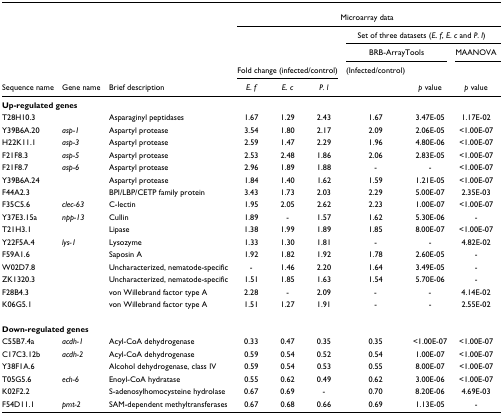
<table><thead><tr><td></td><td></td><td></td><td colspan="6"><b>Microarray data</b></td></tr><tr><td></td><td></td><td></td><td></td><td></td><td></td><td colspan="3"><b>Set of three datasets (<i>E. f</i>, <i>E. c </i>and <i>P. l</i>)</b></td></tr><tr><td></td><td></td><td></td><td></td><td></td><td></td><td colspan="2"><b>BRB-ArrayTools</b></td><td><b>MAANOVA</b></td></tr><tr><td></td><td></td><td></td><td colspan="3"><b>Fold change (infected/control)</b></td><td><b>(Infected/control)</b></td><td></td><td></td></tr><tr><td><b>Sequence name</b></td><td><b>Gene name</b></td><td><b>Brief description</b></td><td><b><i>E. f</i></b></td><td><b><i>E. c</i></b></td><td><b><i>P. l</i></b></td><td></td><td><b><i>p </i>value</b></td><td><b><i>p </i>value</b></td></tr></thead><tbody><tr><td colspan="9"><b>Up-regulated genes</b></td></tr><tr><td>T28H10.3</td><td></td><td>Asparaginyl peptidases</td><td>1.67</td><td>1.29</td><td>2.43</td><td>1.67</td><td>3.47E-05</td><td>1.17E-02</td></tr><tr><td>Y39B6A.20</td><td><i>asp-1</i></td><td>Aspartyl protease</td><td>3.54</td><td>1.80</td><td>2.17</td><td>2.09</td><td>2.06E-05</td><td>&lt;1.00E-07</td></tr><tr><td>H22K11.1</td><td><i>asp-3</i></td><td>Aspartyl protease</td><td>2.59</td><td>1.47</td><td>2.29</td><td>1.96</td><td>4.80E-06</td><td>&lt;1.00E-07</td></tr><tr><td>F21F8.3</td><td><i>asp-5</i></td><td>Aspartyl protease</td><td>2.53</td><td>2.48</td><td>1.86</td><td>2.06</td><td>2.83E-05</td><td>&lt;1.00E-07</td></tr><tr><td>F21F8.7</td><td><i>asp-6</i></td><td>Aspartyl protease</td><td>2.96</td><td>1.89</td><td>1.88</td><td>-</td><td>-</td><td>&lt;1.00E-07</td></tr><tr><td>Y39B6A.24</td><td></td><td>Aspartyl protease</td><td>1.84</td><td>1.40</td><td>1.62</td><td>1.59</td><td>1.21E-05</td><td>&lt;1.00E-07</td></tr><tr><td>F44A2.3</td><td></td><td>BPI/LBP/CETP family protein</td><td>3.43</td><td>1.73</td><td>2.03</td><td>2.29</td><td>5.00E-07</td><td>2.35E-03</td></tr><tr><td>F35C5.6</td><td><i>clec-63</i></td><td>C-lectin</td><td>1.95</td><td>2.05</td><td>2.62</td><td>2.23</td><td>1.00E-07</td><td>&lt;1.00E-07</td></tr><tr><td>Y37E3.15a</td><td><i>npp-13</i></td><td>Cullin</td><td>1.89</td><td>-</td><td>1.57</td><td>1.62</td><td>5.30E-06</td><td>-</td></tr><tr><td>T21H3.1</td><td></td><td>Lipase</td><td>1.38</td><td>1.99</td><td>1.89</td><td>1.85</td><td>8.00E-07</td><td>&lt;1.00E-07</td></tr><tr><td>Y22F5A.4</td><td><i>lys-1</i></td><td>Lysozyme</td><td>1.33</td><td>1.30</td><td>1.81</td><td>-</td><td>-</td><td>4.82E-02</td></tr><tr><td>F59A1.6</td><td></td><td>Saposin A</td><td>1.92</td><td>1.82</td><td>1.92</td><td>1.78</td><td>2.60E-05</td><td>-</td></tr><tr><td>W02D7.8</td><td></td><td>Uncharacterized, nematode-specific</td><td>-</td><td>1.46</td><td>2.20</td><td>1.64</td><td>3.49E-05</td><td>-</td></tr><tr><td>ZK1320.3</td><td></td><td>Uncharacterized, nematode-specific</td><td>1.51</td><td>1.85</td><td>1.63</td><td>1.54</td><td>5.70E-06</td><td>-</td></tr><tr><td>F28B4.3</td><td></td><td>von Willebrand factor type A</td><td>2.28</td><td>-</td><td>2.09</td><td>-</td><td>-</td><td>4.14E-02</td></tr><tr><td>K06G5.1</td><td></td><td>von Willebrand factor type A</td><td>1.51</td><td>1.27</td><td>1.91</td><td>-</td><td>-</td><td>2.55E-02</td></tr><tr><td colspan="9"><b>Down-regulated genes</b></td></tr><tr><td>C55B7.4a</td><td><i>acdh-1</i></td><td>Acyl-CoA dehydrogenase</td><td>0.33</td><td>0.47</td><td>0.35</td><td>0.35</td><td>&lt;1.00E-07</td><td>&lt;1.00E-07</td></tr><tr><td>C17C3.12b</td><td><i>acdh-2</i></td><td>Acyl-CoA dehydrogenase</td><td>0.59</td><td>0.54</td><td>0.52</td><td>0.54</td><td>1.00E-07</td><td>&lt;1.00E-07</td></tr><tr><td>Y38F1A.6</td><td></td><td>Alcohol dehydrogenase, class IV</td><td>0.59</td><td>0.54</td><td>0.53</td><td>0.55</td><td>8.00E-07</td><td>&lt;1.00E-07</td></tr><tr><td>T05G5.6</td><td><i>ech-6</i></td><td>Enoyl-CoA hydratase</td><td>0.55</td><td>0.62</td><td>0.49</td><td>0.62</td><td>3.00E-06</td><td>&lt;1.00E-07</td></tr><tr><td>K02F2.2</td><td></td><td>S-adenosylhomocysteine hydrolase</td><td>0.67</td><td>0.69</td><td>-</td><td>0.70</td><td>8.20E-06</td><td>4.69E-03</td></tr><tr><td>F54D11.1</td><td><i>pmt-2</i></td><td>SAM-dependent methyltransferases</td><td>0.67</td><td>0.68</td><td>0.66</td><td>0.69</td><td>1.13E-05</td><td>-</td></tr></tbody></table>